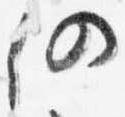
仍